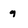
Character: 9